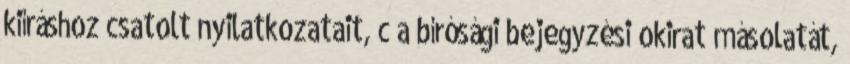
kiíráshoz csatolt nyilatkozatait, c a bírósági bejegyzési okirat másolatát,